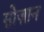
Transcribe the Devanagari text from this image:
सोज़ान